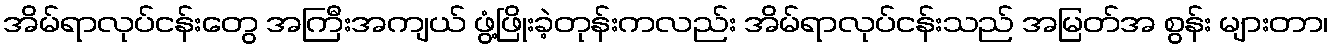
အိမ်ရာလုပ်ငန်းတွေ အကြီးအကျယ် ဖွံ့ဖြိုးခဲ့တုန်းကလည်း အိမ်ရာလုပ်ငန်းသည် အမြတ်အ စွန်း များတာ၊